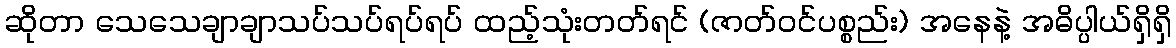
ဆိုတာ သေသေချာချာသပ်သပ်ရပ်ရပ် ထည့်သုံးတတ်ရင် (ဇာတ်ဝင်ပစ္စည်း) အနေနဲ့ အဓိပ္ပါယ်ရှိရှိ